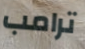
ترامب